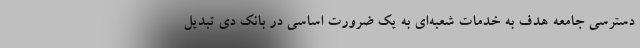
دسترسی جامعه هدف به خدمات شعبه‌ای به یک ضرورت اساسی در بانک دی تبدیل